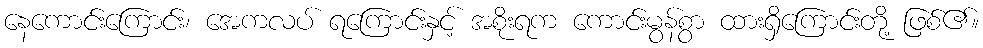
နေကောင်းကြောင်း၊ အေကလပ် ရကြောင်းနှင့် အစိုးရက ကောင်းမွန်စွာ ထားရှိကြောင်းတို့ ဖြစ်၏။